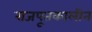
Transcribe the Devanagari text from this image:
राजपूतकालीन